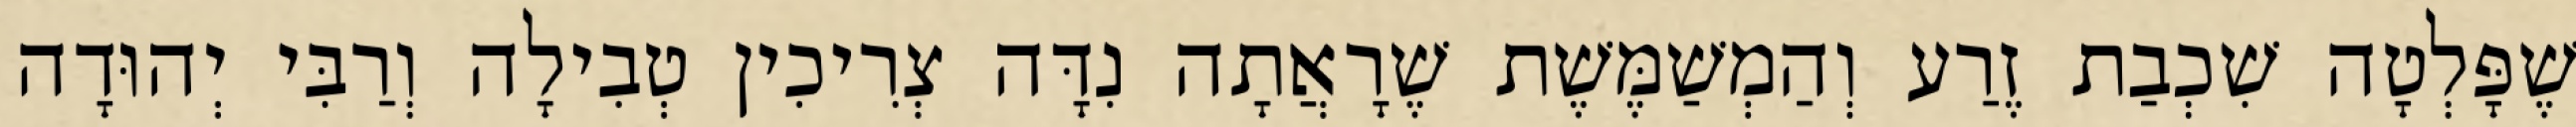
שֶׁפָּלְטָה שִׁכְבַת זֶרַע וְהַמְשַׁמֶּשֶׁת שֶׁרָאֲתָה נִדָּה צְרִיכִין טְבִילָה וְרַבִּי יְהוּדָה